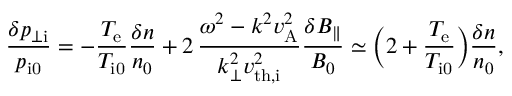
\frac { \delta p _ { \perp \mathrm { i } } } { p _ { \mathrm { i 0 } } } = - \frac { T _ { \mathrm { e } } } { T _ { \mathrm { i 0 } } } \frac { \delta n } { n _ { 0 } } + 2 \, \frac { \omega ^ { 2 } - k ^ { 2 } v _ { \mathrm { A } } ^ { 2 } } { k _ { \perp } ^ { 2 } v _ { \mathrm { t h , i } } ^ { 2 } } \frac { \delta B _ { \parallel } } { B _ { 0 } } \simeq \biggl ( 2 + \frac { T _ { \mathrm { e } } } { T _ { \mathrm { i 0 } } } \biggr ) \frac { \delta n } { n _ { 0 } } ,